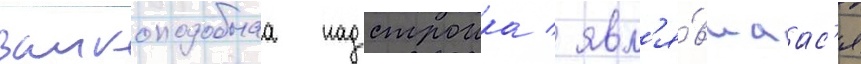
замкоподобнаа надстроика / явл'я́вшаас'я